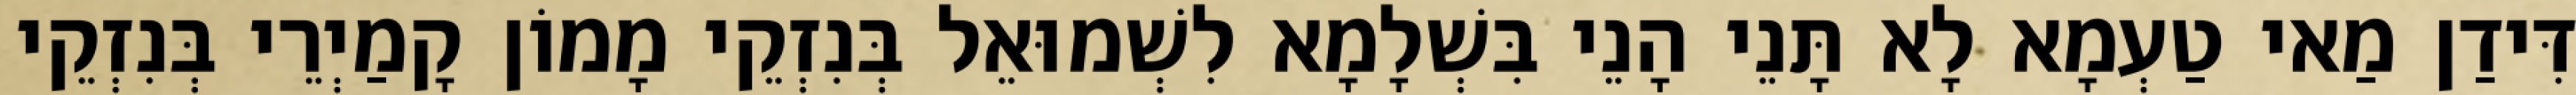
דִּידַן מַאי טַעְמָא לָא תָּנֵי הָנֵי בִּשְׁלָמָא לִשְׁמוּאֵל בְּנִזְקֵי מָמוֹן קָמַיְרֵי בְּנִזְקֵי